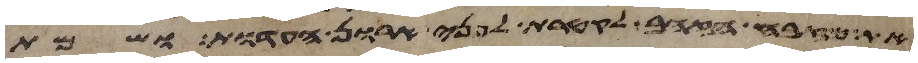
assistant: את מזבח הזהב לקטרת לפני ארון העדות ושמת